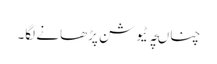
چناںچہ ٹیوشن پڑھانے لگا۔